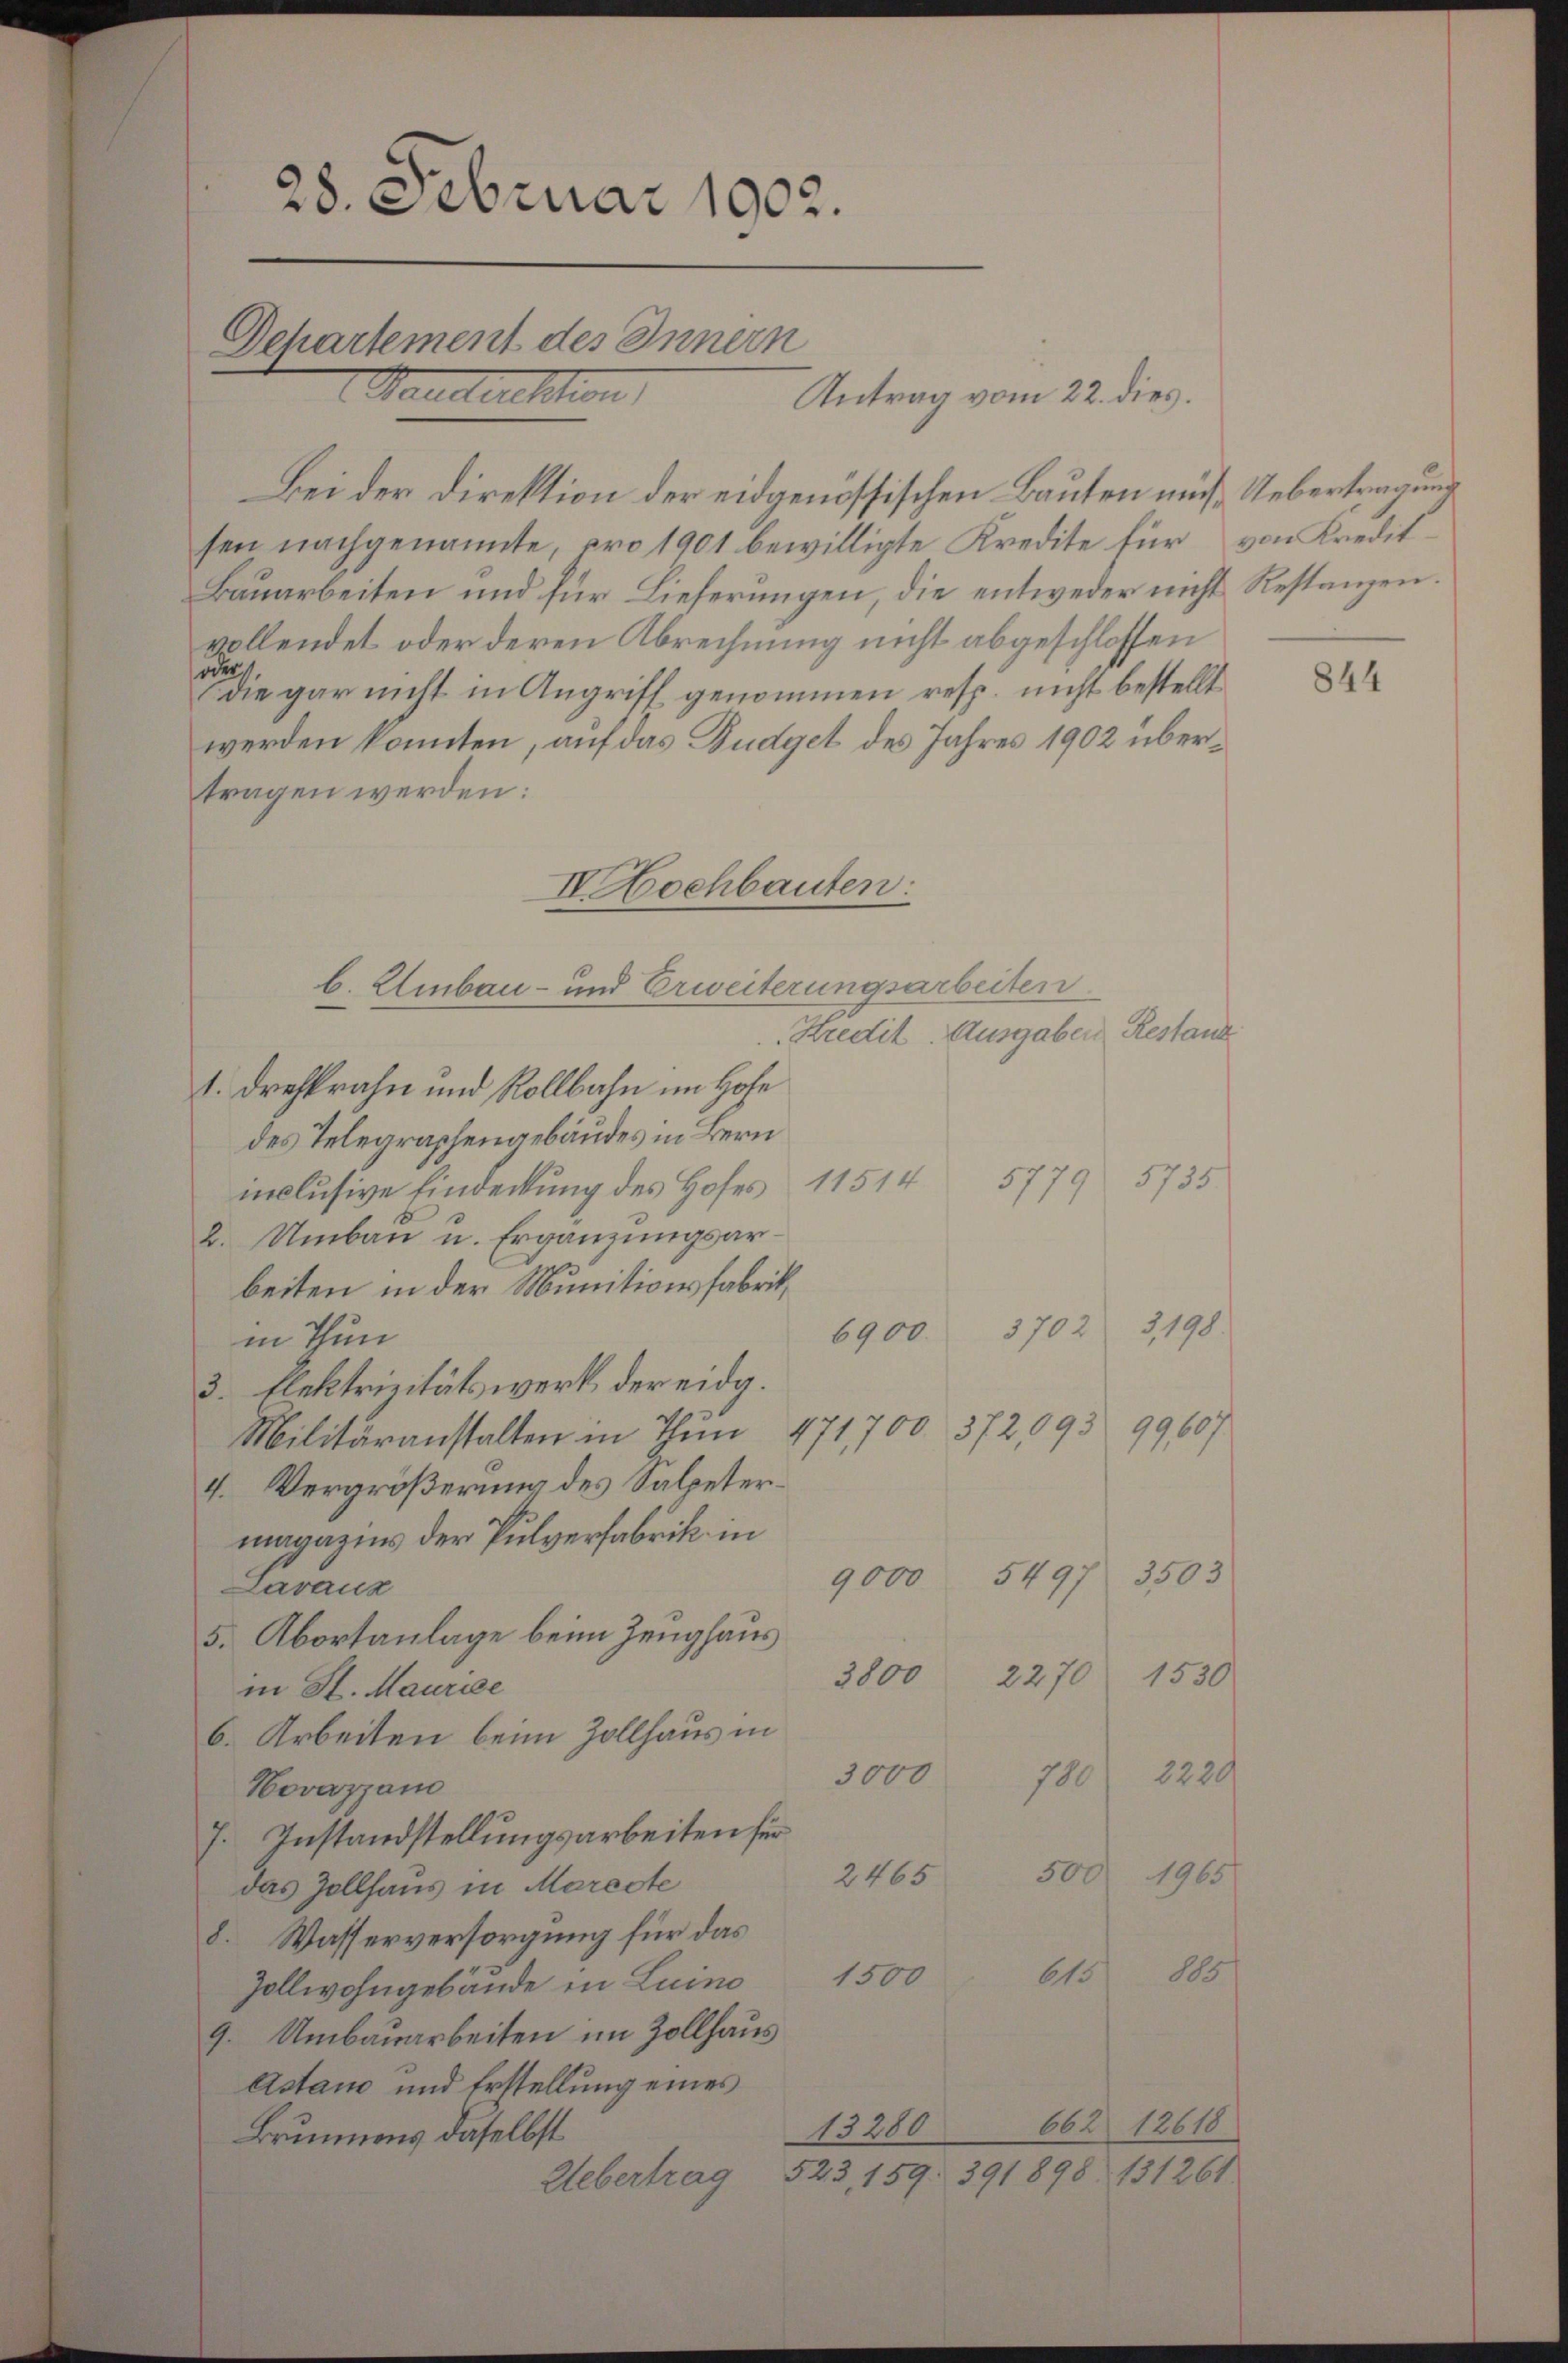
28. Februar 1902.
Dchartement des Innern
Maulturschien,

Bei der Direktion der eidgenössischen Bauten muß Uebertragung
sen nachgenannte, pro 1901 bewilligte Kredite für von Kredit-
Bauarbeiten und für Lieferungen, die entweder nicht Restanzen.
vollendet oder deren Abrechnung nicht abgeschlossen
oder
die gar nicht in Angriff genommen resp. nicht bestellt
werden konnten, auf das Budget des Jahres 1902 übertragen werden:
Kredit. Ausgaben Restanz
1. Dreskrahn und Rollbahn im Hohe
des Telegraphengebäudes in Bern
5755.
5779
inclusive Eindeckung des Hofes 11514
2. Umbau u. Ergänzungsarbeiten in der Munitionsfabrik¬
3198.
3702
6900
in Thun
3. Elektrizitätswerk der eidg.
99607
Militäranstalten in Thun 471700 372,093
4. Vergrößerung des Salpetermagazins der Pulverfabrik in
5497. 3503
9,000
Lavaux
5. Abortanlage beim Zeughaus
3800 2270 1530
in St. Maurice
b. Arbeiten beim Zollhaus in
3000 780 2220
Hovazzan
7. Instandstellungsarbeiten für
1965
2465 500
das Zollhaus in Meredte
8. Wasserversorgung für das
d
615
1500
Zollwohngebäude in Luino
9. Umbauarbeiten im Zollhaus
Astand und Erstellung eines
662 12618
13280
Brunnens daselbst
Uebertrag 523, 159. 391898 131261

IBochbauten:
b. Umbau- und Erweiterungsarbeiten.

Antrag vom 22. dies.

844